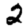
Digit: 2